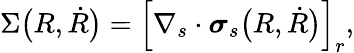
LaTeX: \Sigma\bigl(R,\dot{R}\bigr)=\left[\nabla_{s}\cdot\boldsymbol{\sigma}_{s}\bigl(R,\dot{R}\bigr)\right]_{r},